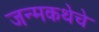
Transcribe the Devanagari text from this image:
जन्मकथेचे